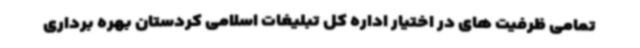
تمامی ظرفیت های در اختیار اداره کل تبلیغات اسلامی کردستان بهره برداری